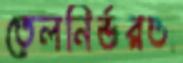
তেলনির্ভরতা